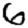
Digit: 6